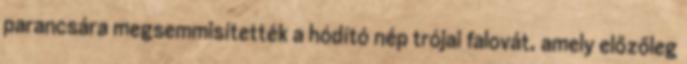
parancsára megsemmisítették a hódító nép trójai falovát, amely előzőleg